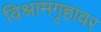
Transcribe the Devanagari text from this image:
विश्रामगृहावर